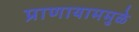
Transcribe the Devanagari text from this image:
प्राणायाममुळे